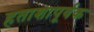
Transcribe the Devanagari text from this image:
हताशापूर्वक